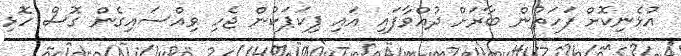
އުޅެނިކޮށް ފަހަތުން ބާރަށް ދުއްވާފައި އައި ޕިކަޕަކުން ޖެހި ވިއްސައިގެން ގޮސް ހޮޅި